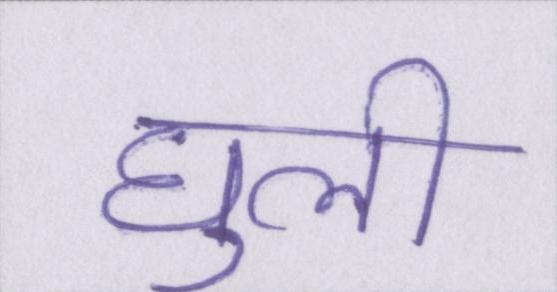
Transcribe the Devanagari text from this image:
घुली